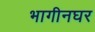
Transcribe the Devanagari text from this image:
भागीनघर